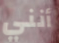
أنني